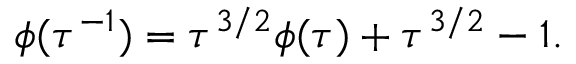
\phi ( \tau ^ { - 1 } ) = \tau ^ { 3 / 2 } \phi ( \tau ) + \tau ^ { 3 / 2 } - 1 .